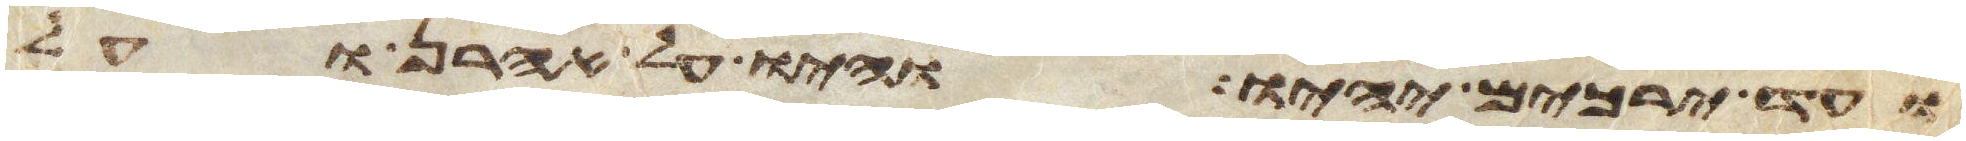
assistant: ועד ירכים יהיו והיו על אהרן ועל